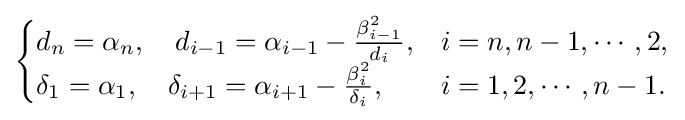
{\begin{cases}d_{n}=\alpha _{n},\quad d_{i-1}=\alpha _{i-1}-{\frac {\beta _{i-1}^{2}}{d_{i}}},&i=n,n-1,\cdots ,2,\\\delta _{1}=\alpha _{1},\quad \delta _{i+1}=\alpha _{i+1}-{\frac {\beta _{i}^{2}}{\delta _{i}}},&i=1,2,\cdots ,n-1.\end{cases}}